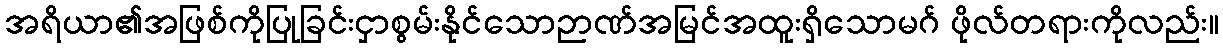
အရိယာ၏အဖြစ်ကိုပြုခြင်းငှာစွမ်းနိုင်သောဉာဏ်အမြင်အထူးရှိသောမဂ် ဖိုလ်တရားကိုလည်း။